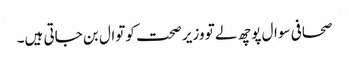
صحافی سوال پوچھ لے تو وزیر صحت کوتوال بن جاتی ہیں۔